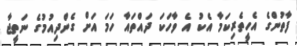
ފާތުންގެ އެހީތެރިކަމާ އެކު އެ ވާހަކަ ދައްތައާ ހަމަ އަށް ގެންދިއުމުގެ ނަތީޖާ